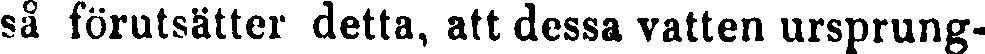
sä förutsätter detta, att dessa vatten ursprung-